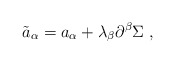
\begin{align*}{\tilde a}_\alpha = a_\alpha + \lambda_\beta \partial^\beta \Sigma\;,\end{align*}